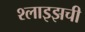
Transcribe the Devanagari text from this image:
श्लाइझची